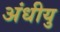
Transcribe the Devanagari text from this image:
अंधीयु